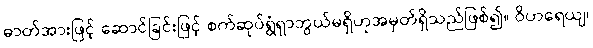
ဓာတ်အားဖြင့် ဆောင်ခြင်းဖြင့် စက်ဆုပ်ရွံရှာဘွယ်မရှိဟုအမှတ်ရှိသည်ဖြစ်၍။ ဝိဟရေယျ၊